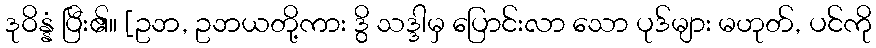
ဒုဝိန္နံ ပြီး၏။ [ဥဘ, ဥဘယတို့ကား ဒွိ သဒ္ဒါမှ ပြောင်းလာ သော ပုဒ်များ မဟုတ်, ပင်ကို